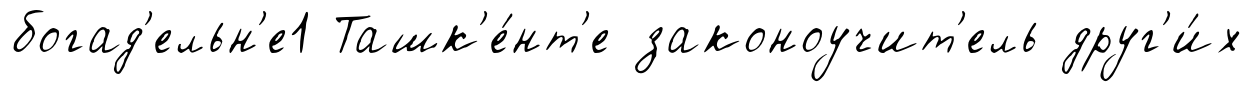
богад'ельн'е1 Ташк'е́нт'е законоучит'ель друг'и́х